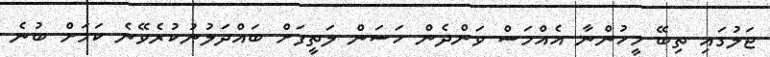
ޖަލުގައި ތިބޭ މީހުންނާ އެއްމަސް ވަންދެން ހަސަން ލަތީފަށް ބައްދަލުނުކުރެވޭނެ ކަމަށް ބުނެ